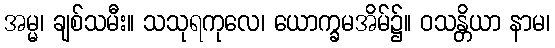
အမ္မ၊ ချစ်သမီး။ သသုရကုလေ၊ ယောက္ခမအိမ်၌။ ဝသန္တိယာ နာမ၊